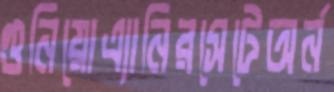
গুনিয়োএ্যানিরসেটেঅর্ন